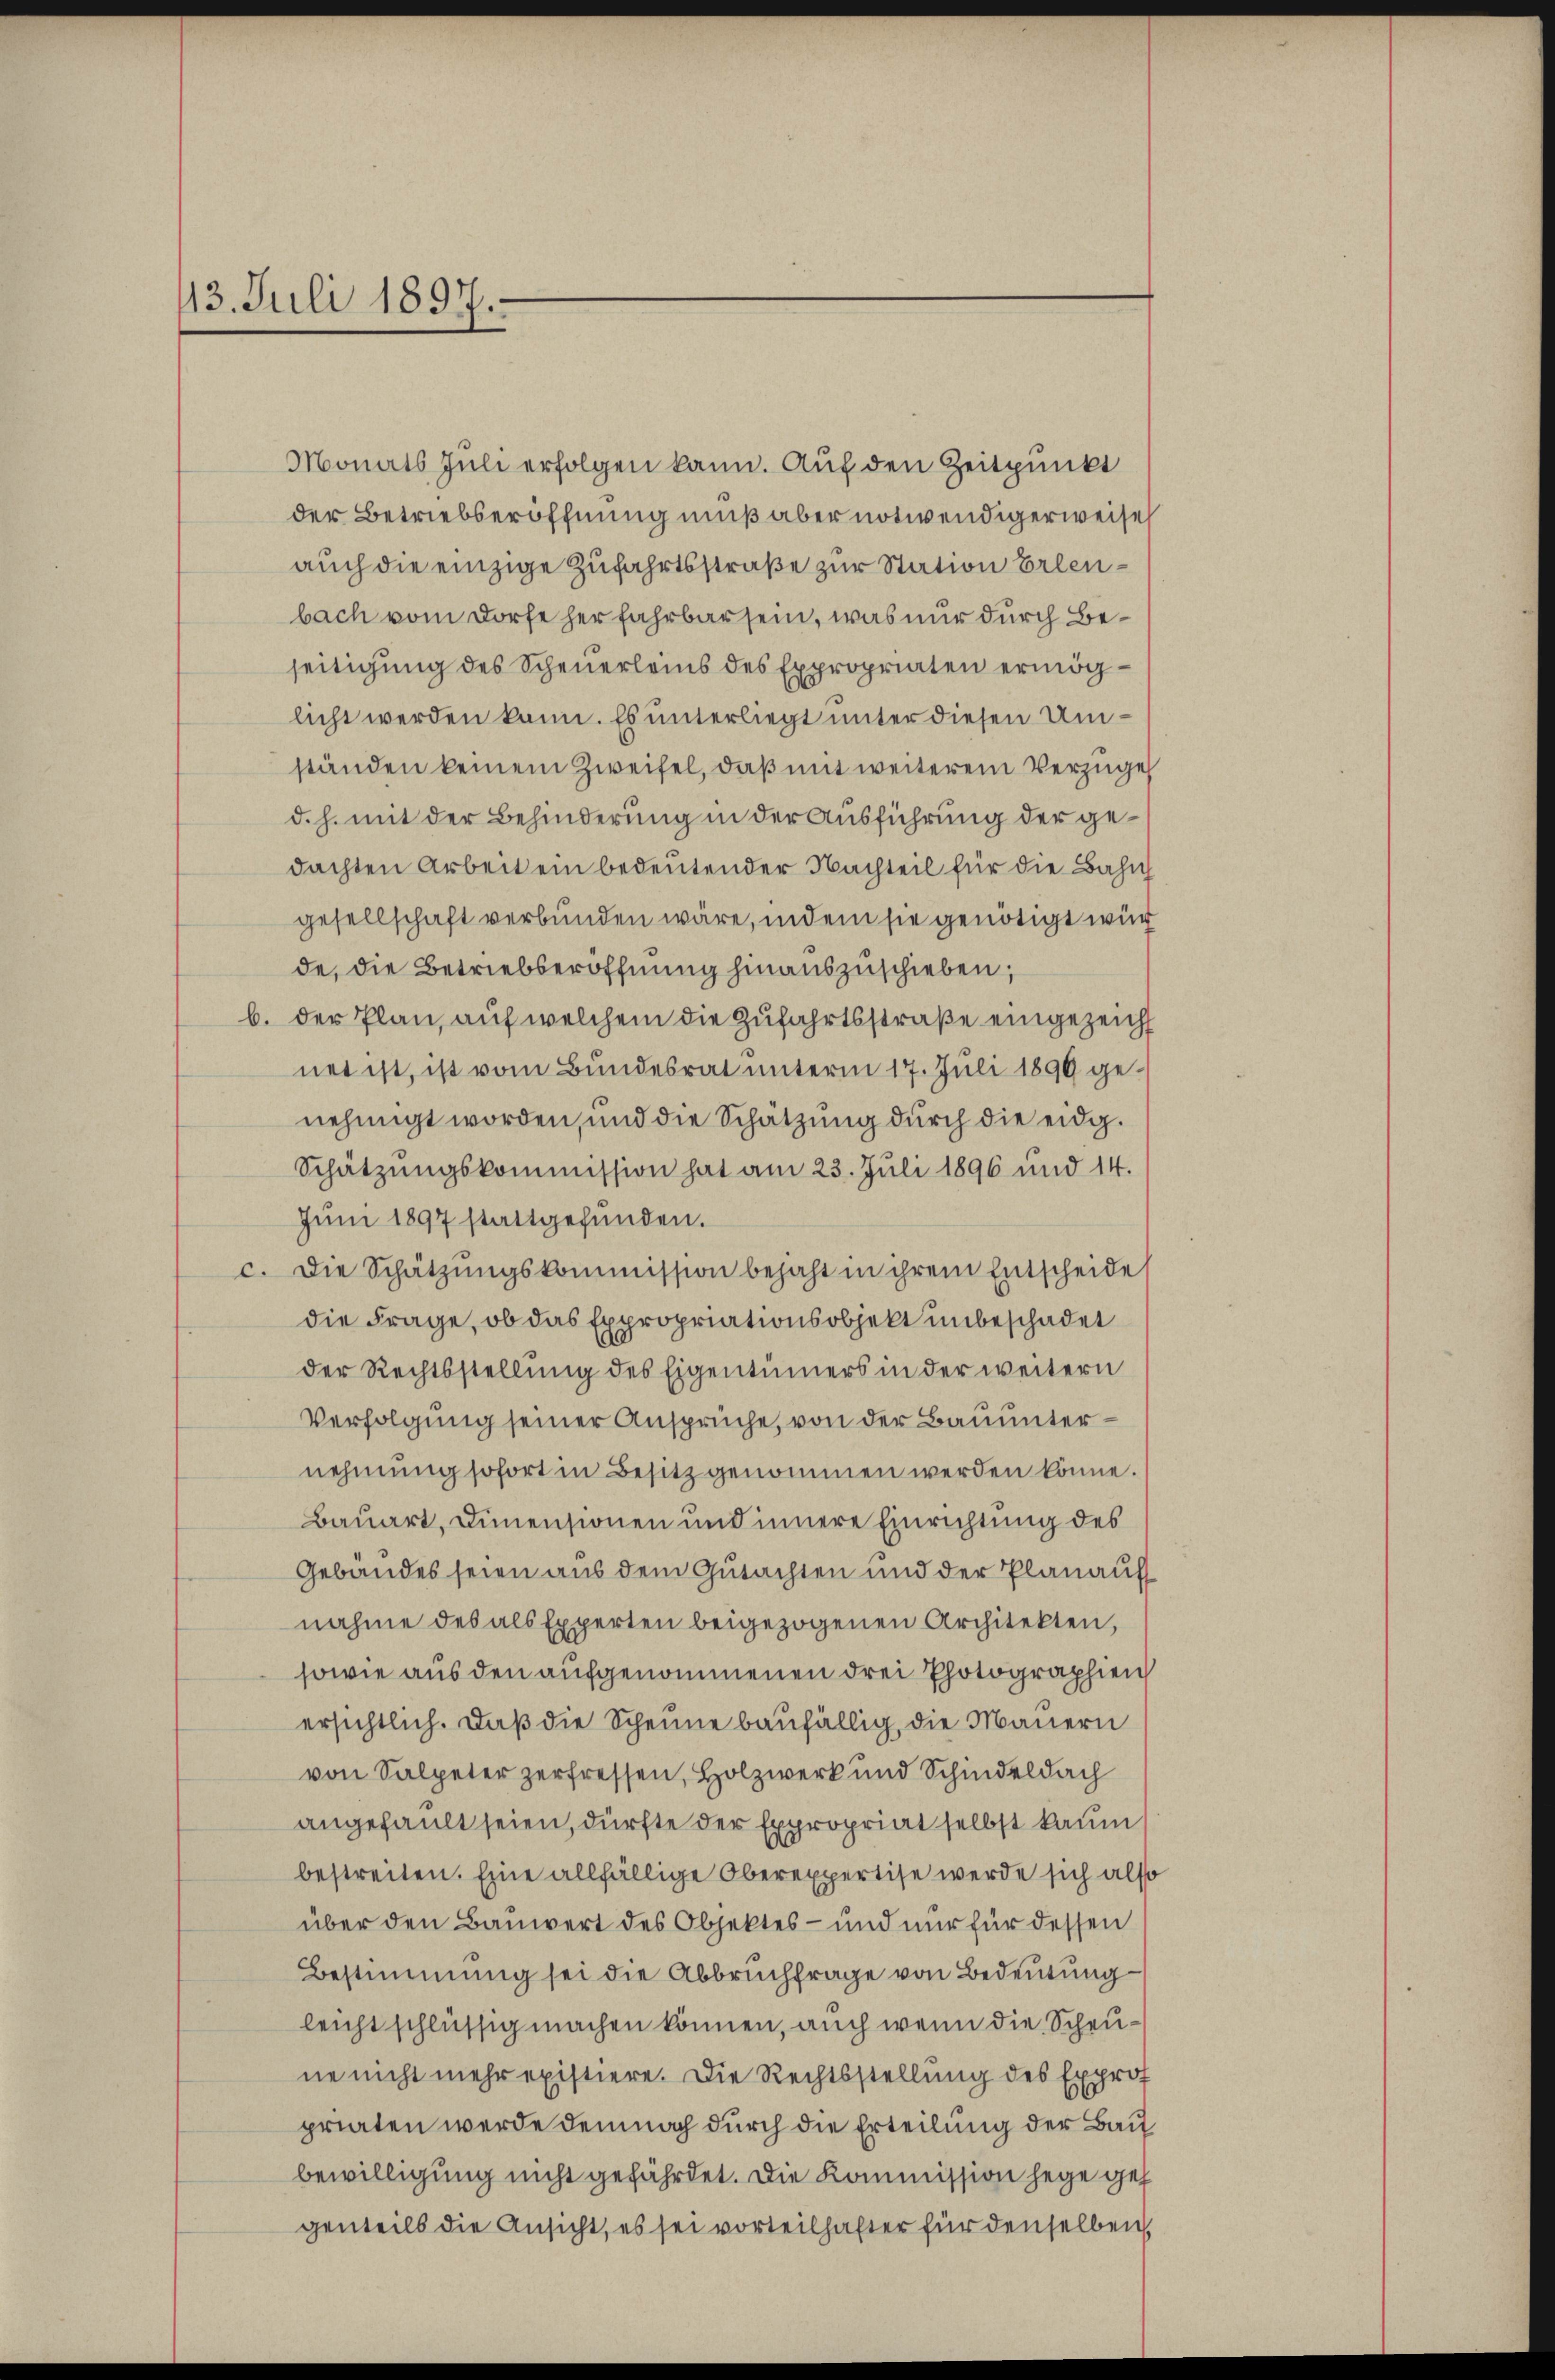
13. Juli 1897.

Monats Juli erfolgen kann. Auf den Zeitpunkt
der Betriebseröffnung muß aber notwendigerweise
auch die einzige Zufahrtsstraße zur Station Erlenbach vom Dorfe herfahrbar sein, was nur durch Beseitigung des Scheuerleins des Expropriaten ermöglicht werden kann. Es unterliegt unter diesen Umständen keinem Zweifel, daß mit weiterem Verzüge
d. h. mit der Behinderung in der Ausführung der gedachten Arbeit ein bedeutender Nachteil für die Bahnh
gesellschaft verbunden wäre, indem sie genötigt wür
de, die Betriebseröffnung hinauszuschieben;
b. der Plan, auf welchem die Zufahrtsstraße eingezeicht
net ist, ist vom Bundesrat unterm 17. Juli 1890 genehmigt worden, und die Schätzung durch die eidg.
Schätzungskommission hat am 23. Juli 1896 und 14.
Jŭni 1897 stattgefŭnden.
c. Die Schätzŭngskommission bejaht in ihrem Entscheide
die Frage, ob das Expropriationsobjekt unbeschadet
der Rechtsstellung des Eigentümers in der weitern
Verfolgung seiner Ansprüche, von der Bauunternehmung sofort in Besitz genommen werden könne.
Bauart, Dimensionen und innere Einrichtung des
Gebäudes seien aus dem Gutachten und der Planauf
nahme des als Experten beigezogenen Architekten,
sowie aus den aufgenommenen drei Photographien
ersichtlich. Daß die Scheune baufällig, die Mauern
von Salpeter zerfressen, Holzwerk und Schindeldach
angefault seien, dürfte der Expropriat selbst kaum
bestreiten. Eine allfällige Oberexpertise werde sich also
über den Bauwert des Objektes - und nur für dessen
Bestimmung sei die Abbruchfrage von Bedeutung
leicht schlüssig machen können, auch wenn die Scheune nicht mehr existiere. Die Rechtsstellung des Exprof
priaten werde demnach durch die Erteilung der Bau
bewilligung nicht gefährdet. Die Kommission hege geh
genteils die Ansicht, es sei vorteilhafter für denselben